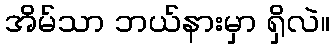
အိမ်သာ ဘယ်နားမှာ ရှိလဲ။